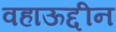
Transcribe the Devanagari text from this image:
वहाऊद्दीन